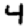
Digit: 4